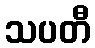
သပတီ